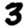
Digit: 3